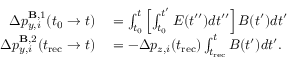
\begin{array} { r l } { \Delta p _ { y , i } ^ { \mathbf { B } , 1 } ( t _ { 0 } \to t ) } & { { } = \int _ { t _ { 0 } } ^ { t } \left[ \int _ { t _ { 0 } } ^ { t ^ { \prime } } E ( t ^ { \prime \prime } ) d t ^ { \prime \prime } \right] B ( t ^ { \prime } ) d t ^ { \prime } } \\ { \Delta p _ { y , i } ^ { \mathbf { B } , 2 } ( t _ { \mathrm { r e c } } \to t ) } & { { } = - \Delta p _ { z , i } ( t _ { \mathrm { r e c } } ) \int _ { t _ { \mathrm { r e c } } } ^ { t } B ( t ^ { \prime } ) d t ^ { \prime } . } \end{array}